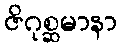
ဇိဂုစ္ဆမာနာ